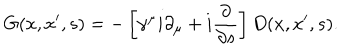
LaTeX: G ( x , x ^ { \prime } , s ) = - \left[ \gamma ^ { \mu } i \partial _ { \mu } + i \frac \partial { \partial s } \right] D ( x , x ^ { \prime } , s ) .